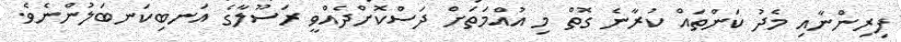
ފިރިންނާއި މެދު ކަންތައް ކުރާނެ ގޮތް މި އުއްމަތަށް ދަސްކޮށްދެއްވީ ރަސޫލާގެ އަނބިކަނބަލުންނެވެ.